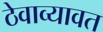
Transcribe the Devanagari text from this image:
ठेवाव्यावत